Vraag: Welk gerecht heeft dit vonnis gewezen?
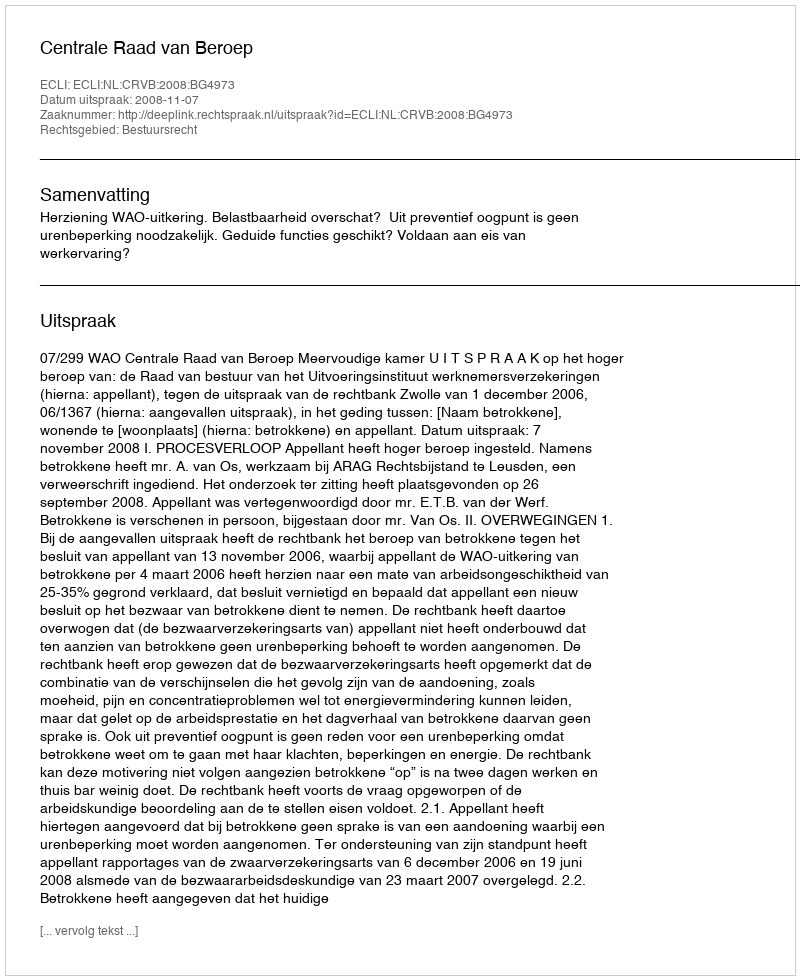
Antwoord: Centrale Raad van Beroep